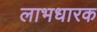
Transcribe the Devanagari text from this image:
लाभधारक